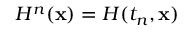
H ^ { n } ( \mathbf { x } ) = H ( t _ { n } , \mathbf { x } )